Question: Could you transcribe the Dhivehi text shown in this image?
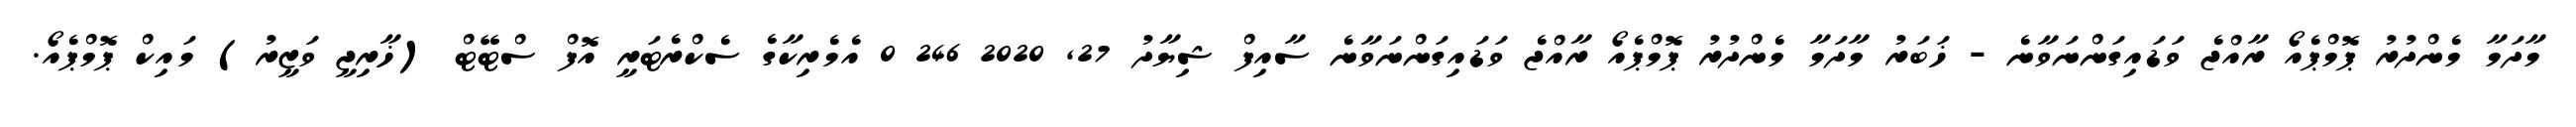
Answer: މާދަމާ މެންދުރު ޕޮމްޕެއޯ ރާއްޖެ ވަޑައިގަންނަވާނެ - ޚަބަރު މާދަމާ މެންދުރު ޕޮމްޕެއޯ ރާއްޖެ ވަޑައިގަންނަވާނެ ސާއިފް ޝިޔާދު 27, 2020 246 0 އެމެރިކާގެ ސެކްރެޓަރީ އޮފް ސްޓޭޓް (ޚާރިޖީ ވަޒީރު) މައިކް ޕޮމްޕެއޯ.